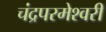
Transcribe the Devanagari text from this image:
चंद्रपरमेश्वरी